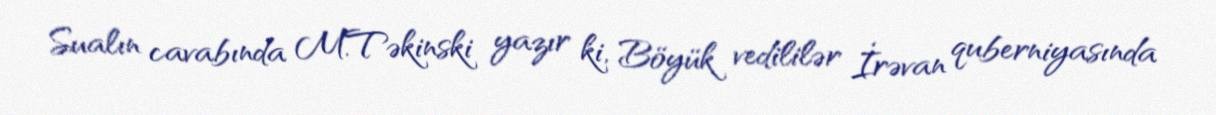
Sualın cavabında M.Təkinski yazır ki, Böyük vedililər İrəvan quberniyasında